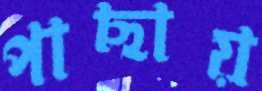
পাছায়